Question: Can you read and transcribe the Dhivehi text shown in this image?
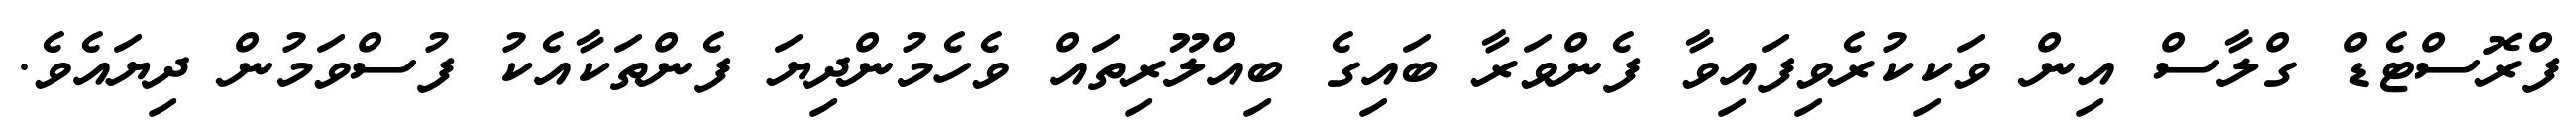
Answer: ފްރޮސްޓެޑް ގްލާސް އިން ވަކިކުރެވިފައިވާ ފެންވަރާ ބައިގެ ބިއްލޫރިތައް ވެހެމުންދިޔަ ފެންތަކާއެކު ފުސްވަމުން ދިޔައެވެ.